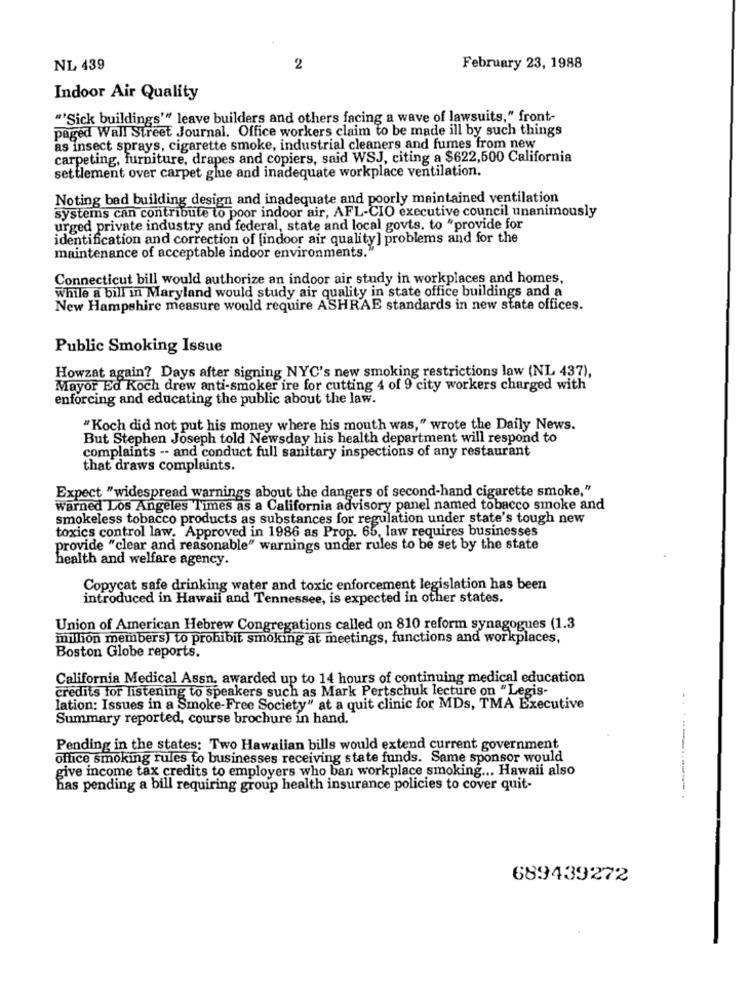
NL 439
2
February 23, 1988
Indoor Air Quality
""Sick buildings'" leave builders and others facing a wave of lawsuits," front-
paged Wall Street Journal. Office workers claim to be made ill by such things
as insect sprays, cigarette smoke, industrial cleaners and fumes from new
carpeting, furniture, drapes and copiers, said WSJ, citing a $622,500 California
settlement over carpet glue and inadequate workplace ventilation.
Noting bad building design and inadequate and poorly maintained ventilation
systems can contribute to poor indoor air, AFL-CIO executive council unanimously
urged private industry and federal, state and local govts. to "provide for
identification and correction of [indoor air quality] problems and for the
maintenance of acceptable indoor environments."
Connecticut bill would authorize an indoor air study in workplaces and homes,
While a bill in Maryland would study air quality in state office buildings and a
New Hampshire measure would require ASHRAE standards in new state offices.
Public Smoking Issue
Howzat again? Days after signing NYC's new smoking restrictions law (NL 437),
Mayor Ed Koch drew anti-smoker ire for cutting 4 of 9 city workers charged with
enforcing and educating the public about the law.
"Koch did not put his money where his mouth was," wrote the Daily News.
But Stephen Joseph told Newsday his health department will respond to
complaints -- and conduct full sanitary inspections of any restaurant
that draws complaints.
Expect "widespread warnings about the dangers of second-hand cigarette smoke,"
warned Los Angeles Times as a California advisory panel named tobacco smoke and
smokeless tobacco products as substances for regulation under state's tough new
toxics control law. Approved in 1986 as Prop. 65, law requires businesses
provide "clear and reasonable" warnings under rules to be set by the state
health and welfare agency.
Copycat safe drinking water and toxic enforcement legislation has been
introduced in Hawaii and Tennessee, is expected in other states.
Union of American Hebrew Congregations called on 810 reform synagogues (1.3
million members) to prohibit smoking at meetings, functions and workplaces,
Boston Globe reports.
California Medical Assn. awarded up to 14 hours of continuing medical education
credits for listening to speakers such as Mark Pertschuk lecture on "Legis-
lation: Issues in a Smoke-Free Society" at a quit clinic for MDs, TMA Executive
Summary reported, course brochure in hand.
Pending in the states: Two Hawaiian bills would extend current government
office smoking rules to businesses receiving state funds. Same sponsor would
give income tax credits to employers who ban workplace smoking ... Hawaii also
has pending a bill requiring group health insurance policies to cover quit-
689439272